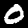
Label: 0